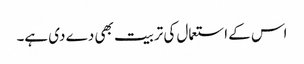
اس کے استعمال کی تربیت بھی دے دی ہے۔